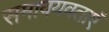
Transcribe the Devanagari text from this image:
समावयवताएँ